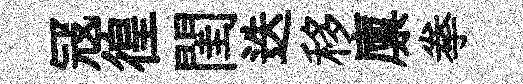
冦徨閨迭移廪拳